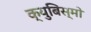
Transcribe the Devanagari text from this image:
क्युबिस्मो